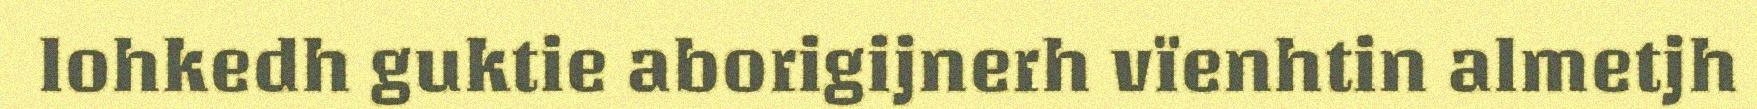
lohkedh guktie aborigijnerh vïenhtin almetjh